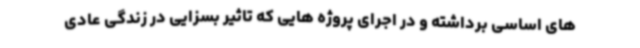
های اساسی برداشته و در اجرای پروژه هایی که تاثیر بسزایی در زندگی عادی